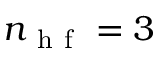
n _ { \mathrm { ~ h ~ f ~ } } = 3